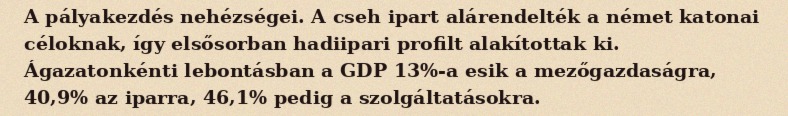
A pályakezdés nehézségei. A cseh ipart alárendelték a német katonai céloknak, így elsősorban hadiipari profilt alakítottak ki. Ágazatonkénti lebontásban a GDP 13%-a esik a mezőgazdaságra, 40,9% az iparra, 46,1% pedig a szolgáltatásokra.